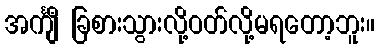
အင်္ကျီ ခြစားသွားလို့ဝတ်လို့မရတော့ဘူး။